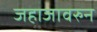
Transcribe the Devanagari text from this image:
जहाजावरुन